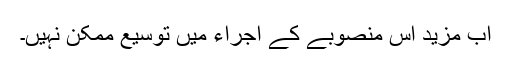
اب مزید اس منصوبے کے اجراء میں توسیع ممکن نہیں۔